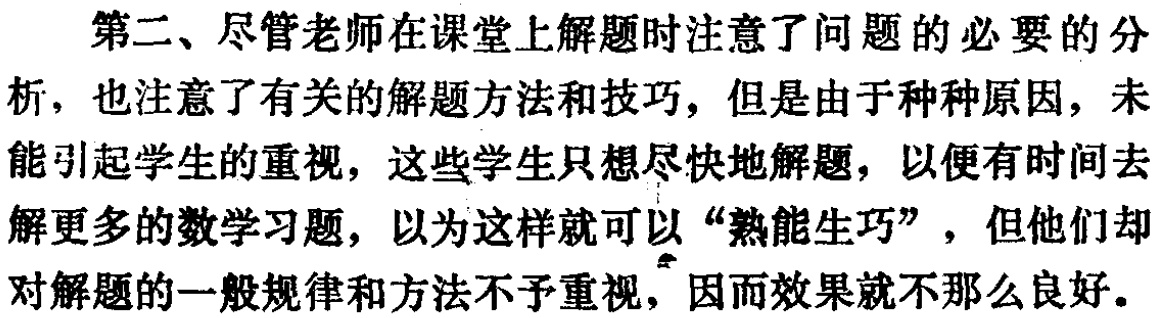
第二、尽管老师在课堂上解题时注意了问题的必要的分析，也注意了有关的解题方法和技巧，但是由于种种原因，未能引起学生的重视，这些学生只想尽快地解题，以便有时间去解更多的数学习题，以为这样就可以“熟能生巧”，但他们却对解题的一般规律和方法不予重视，因而效果就不那么良好。